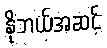
နိုဘယ်အဆင့်